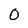
Character: 0